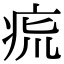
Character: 𤵯